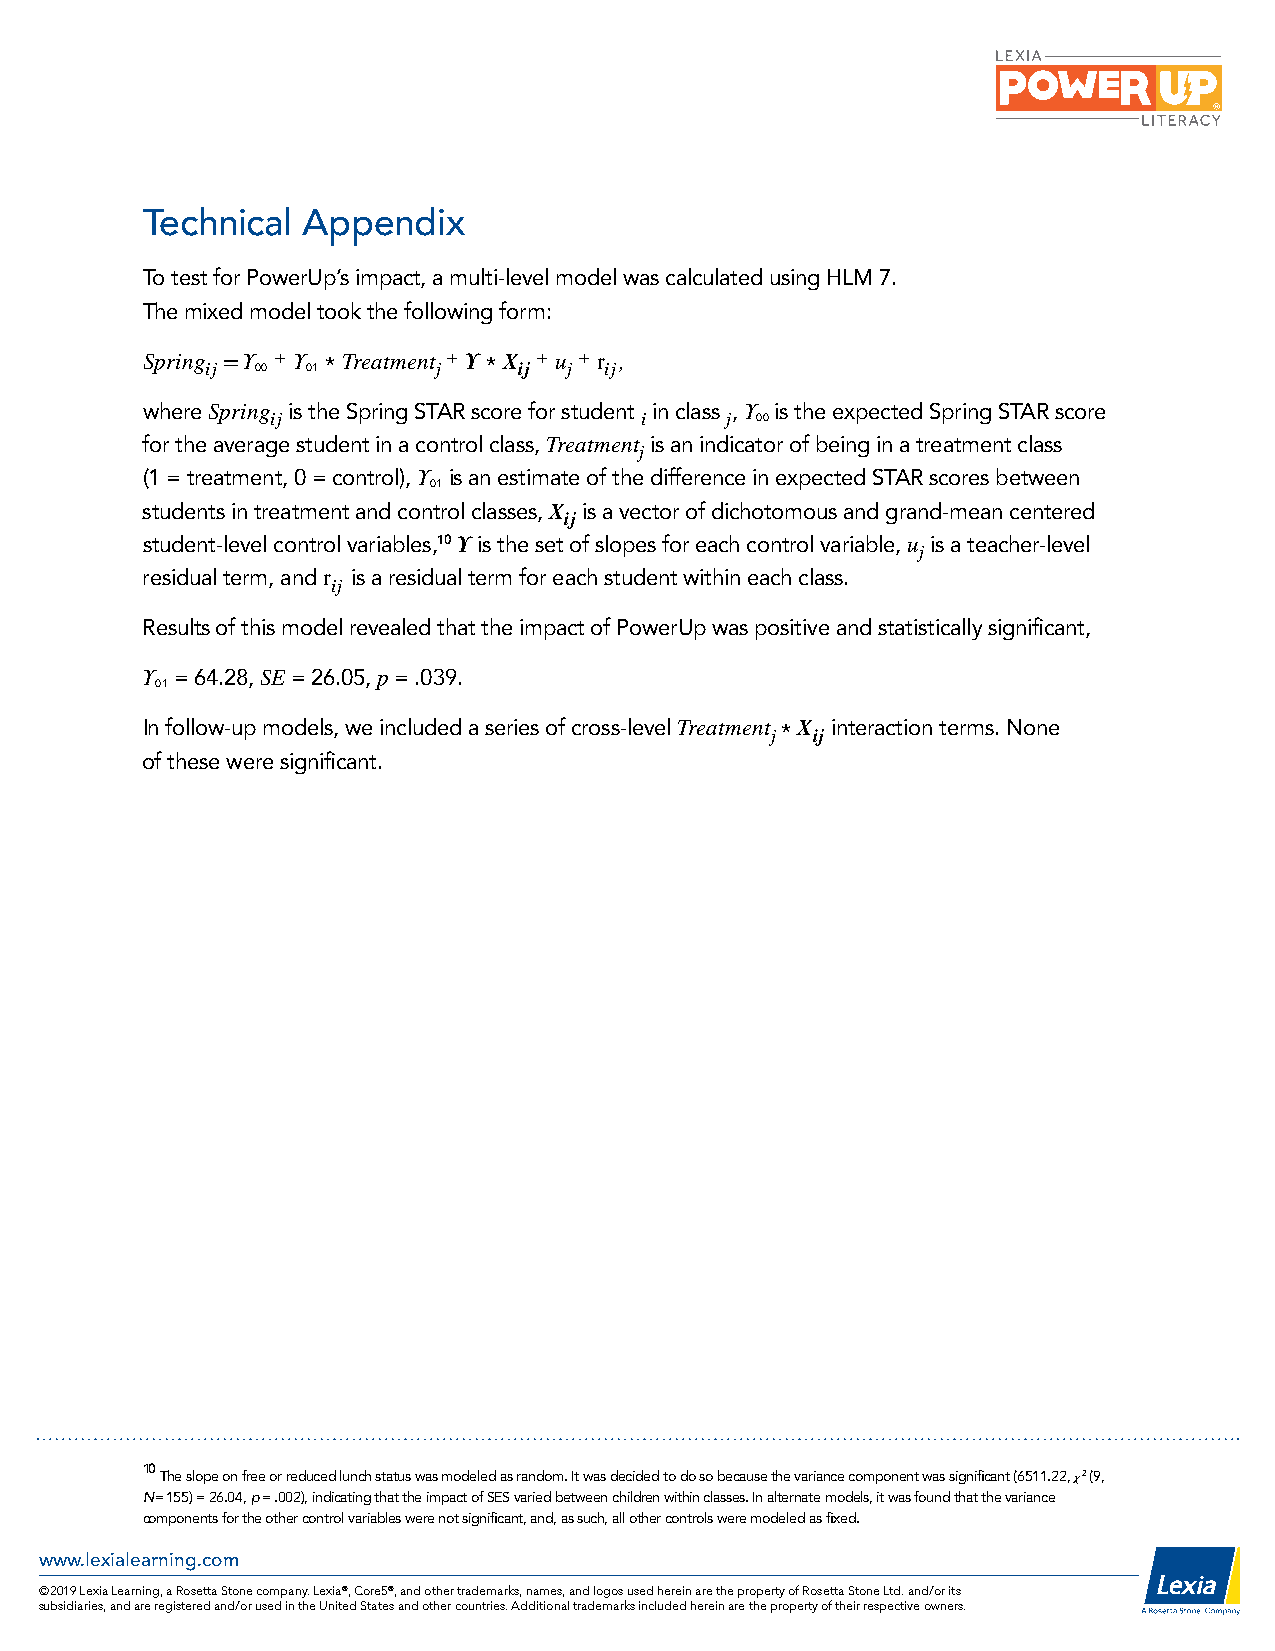
Technical  Appendix
 To test for PowerUp’s impact, a multi-level model was calculated using HLM 7.
 The mixed model took the following form:
 Spring ij =Υ 00 + Υ 01 * Treatment j + Υ * Χ ij + u j + rij,
 where Spring is the Spring STAR score for student in class , Υ is the expected Spring STAR score
 ij                      i     j 00
 for the average student in a control class, Treatment is an indicator of being in a treatment class
 j
 (1 = treatment, 0 = control), Υ
 01
 is an estimate of the difference in expected STAR scores between
 students in treatment and control classes, Χ
 ij
 is a vector of dichotomous and grand-mean centered
 student-level control variables,10 Υ is the set of slopes for each control variable, u is a teacher-level
 j
 residual term, and rij is a residual term for each student within each class.
 Results of this model revealed that the impact of PowerUp was positive and statistically significant,
 Υ = 64.28, SE = 26.05, p = .039.
 01
 In follow-up models, we included a series of cross-level Treatment j * Χ ij interaction terms. None
 of these were significant.
 10 The slope on free or reduced lunch status was modeled as random. It was decided to do so because the variance component was significant (6511.22, χ2 (9,
 N= 155) = 26.04, p = .002), indicating that the impact of SES varied between children within classes. In alternate models, it was found that the variance
 components for the other control variables were not significant, and, as such, all other controls were modeled as fixed.
 www.lexialearning.com
 © 2019 Lexia Learning, a Rosetta Stone company. Lexia®, Core5®, and other trademarks, names, and logos used herein are the property of Rosetta Stone Ltd. and/or its
 subsidiaries, and are registered and/or used in the United States and other countries. Additional trademarks included herein are the property of their respective owners.